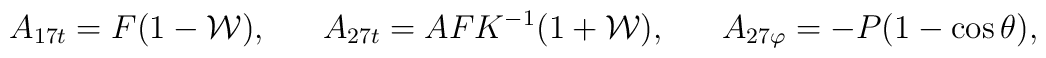
A_{17t} = F (1 - {\cal W}), \ \ \ \ \ A_{27t} = A F K^{-1} (1 + {\cal W}), \ \ \ \ \ A_{27 \varphi} = -P (1 - \cos \theta),